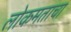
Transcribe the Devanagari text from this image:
लोकमताचा